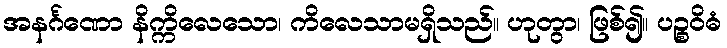
အနင်္ဂဏော နိက္ကိလေသော၊ ကိလေသာမရှိသည်။ ဟုတွာ၊ ဖြစ်၍။ ပဉ္စဝိဓံ